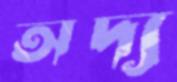
অদ্য